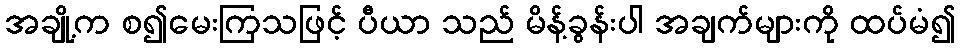
အချို့က စ၍မေးကြသဖြင့် ပီယာ သည် မိန့်ခွန်းပါ အချက်များကို ထပ်မံ၍